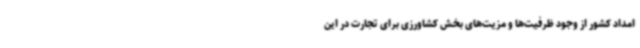
امداد کشور از وجود ظرفیت‌ها و مزیت‌های بخش کشاورزی برای تجارت در این